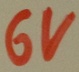
Text: 6V